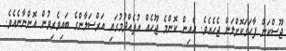
ޖޫސްކަން ފާހަގަކޮށްލަން ޖެހެއެވެ. އެއިން ކޮންމެ ޖޫހެއް އުފެއްދުމުގައި އަރްސަލާންގެ ބައިވެރިވުން އޮންނާނެއެވެ.